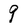
Character: 9